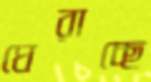
ঘেরাচ্ছে